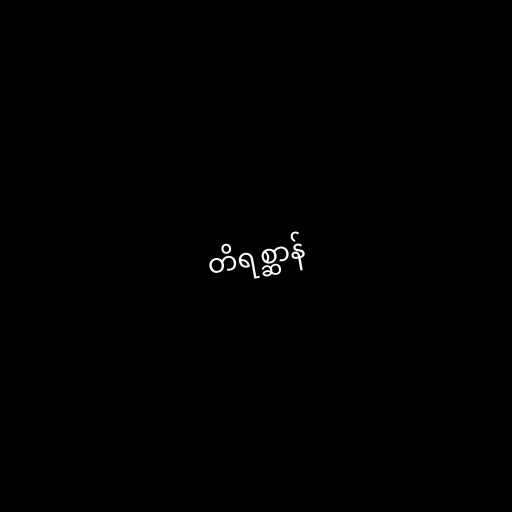
တိရစ္ဆာန်